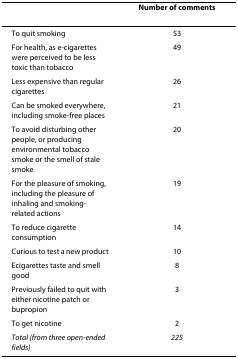
<table><thead><tr><td></td><td><b>Number of comments</b></td></tr></thead><tbody><tr><td>To quit smoking</td><td>53</td></tr><tr><td>For health, as e-cigarettes were perceived to be less toxic than tobacco</td><td>49</td></tr><tr><td>Less expensive than regular cigarettes</td><td>26</td></tr><tr><td>Can be smoked everywhere, including smoke-free places</td><td>21</td></tr><tr><td>To avoid disturbing other people, or producing environmental tobacco smoke or the smell of stale smoke</td><td>20</td></tr><tr><td>For the pleasure of smoking, including the pleasure of inhaling and smoking-related actions</td><td>19</td></tr><tr><td>To reduce cigarette consumption</td><td>14</td></tr><tr><td>Curious to test a new product</td><td>10</td></tr><tr><td>Ecigarettes taste and smell good</td><td>8</td></tr><tr><td>Previously failed to quit with either nicotine patch or bupropion</td><td>3</td></tr><tr><td>To get nicotine</td><td>2</td></tr><tr><td><i>Total (from three open-ended fields)</i></td><td><i>225</i></td></tr></tbody></table>